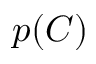
p ( C )